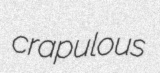
crapulous